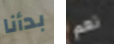
بدأنا نعم